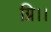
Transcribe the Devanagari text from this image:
ग्नि।।